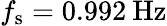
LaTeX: f_{\mathrm{s}}=0.992\: \mathrm{Hz}